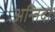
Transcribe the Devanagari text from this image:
अन्तिदा